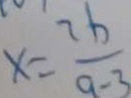
x = \frac { 2 b } { a - 3 }